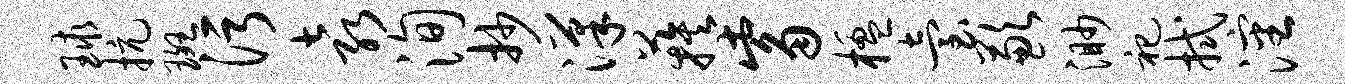
球抗斑污袁洵抄汉蔟觜楹台歉渺祀拭沈